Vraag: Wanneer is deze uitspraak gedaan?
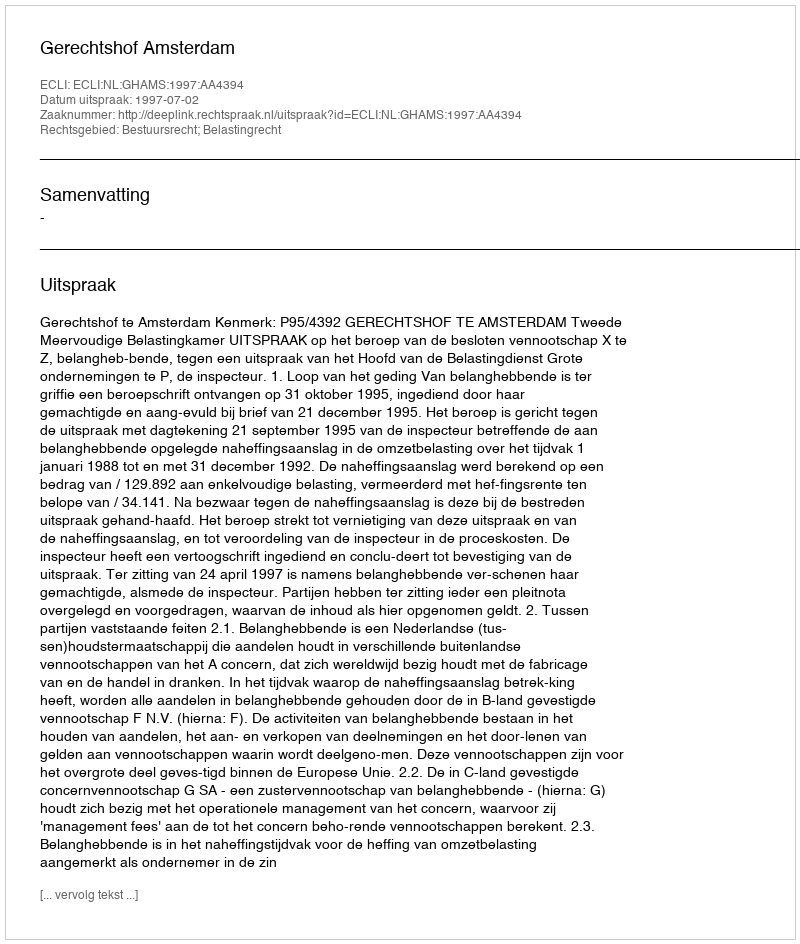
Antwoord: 1997-07-02